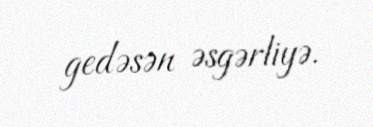
gedəsən əsgərliyə.